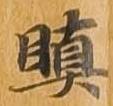
瞋